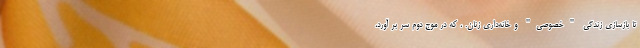
تا بازسازی زندگی "خصوصی" و خانه‌داری زنان. ، که در موج دوم سر بر آورد،